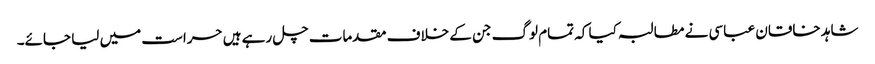
شاہد خاقان عباسی نے مطالبہ کیا کہ تمام لوگ جن کے خلاف مقدمات چل رہے ہیں حراست میں لیا جائے۔